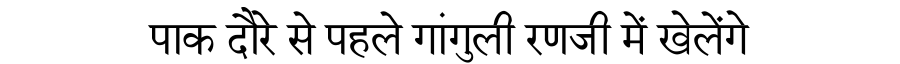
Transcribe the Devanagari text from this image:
पाक दौरे से पहले गांगुली रणजी में खेलेंगे